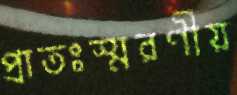
প্রাতঃস্মরণীয়